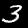
Digit: 3